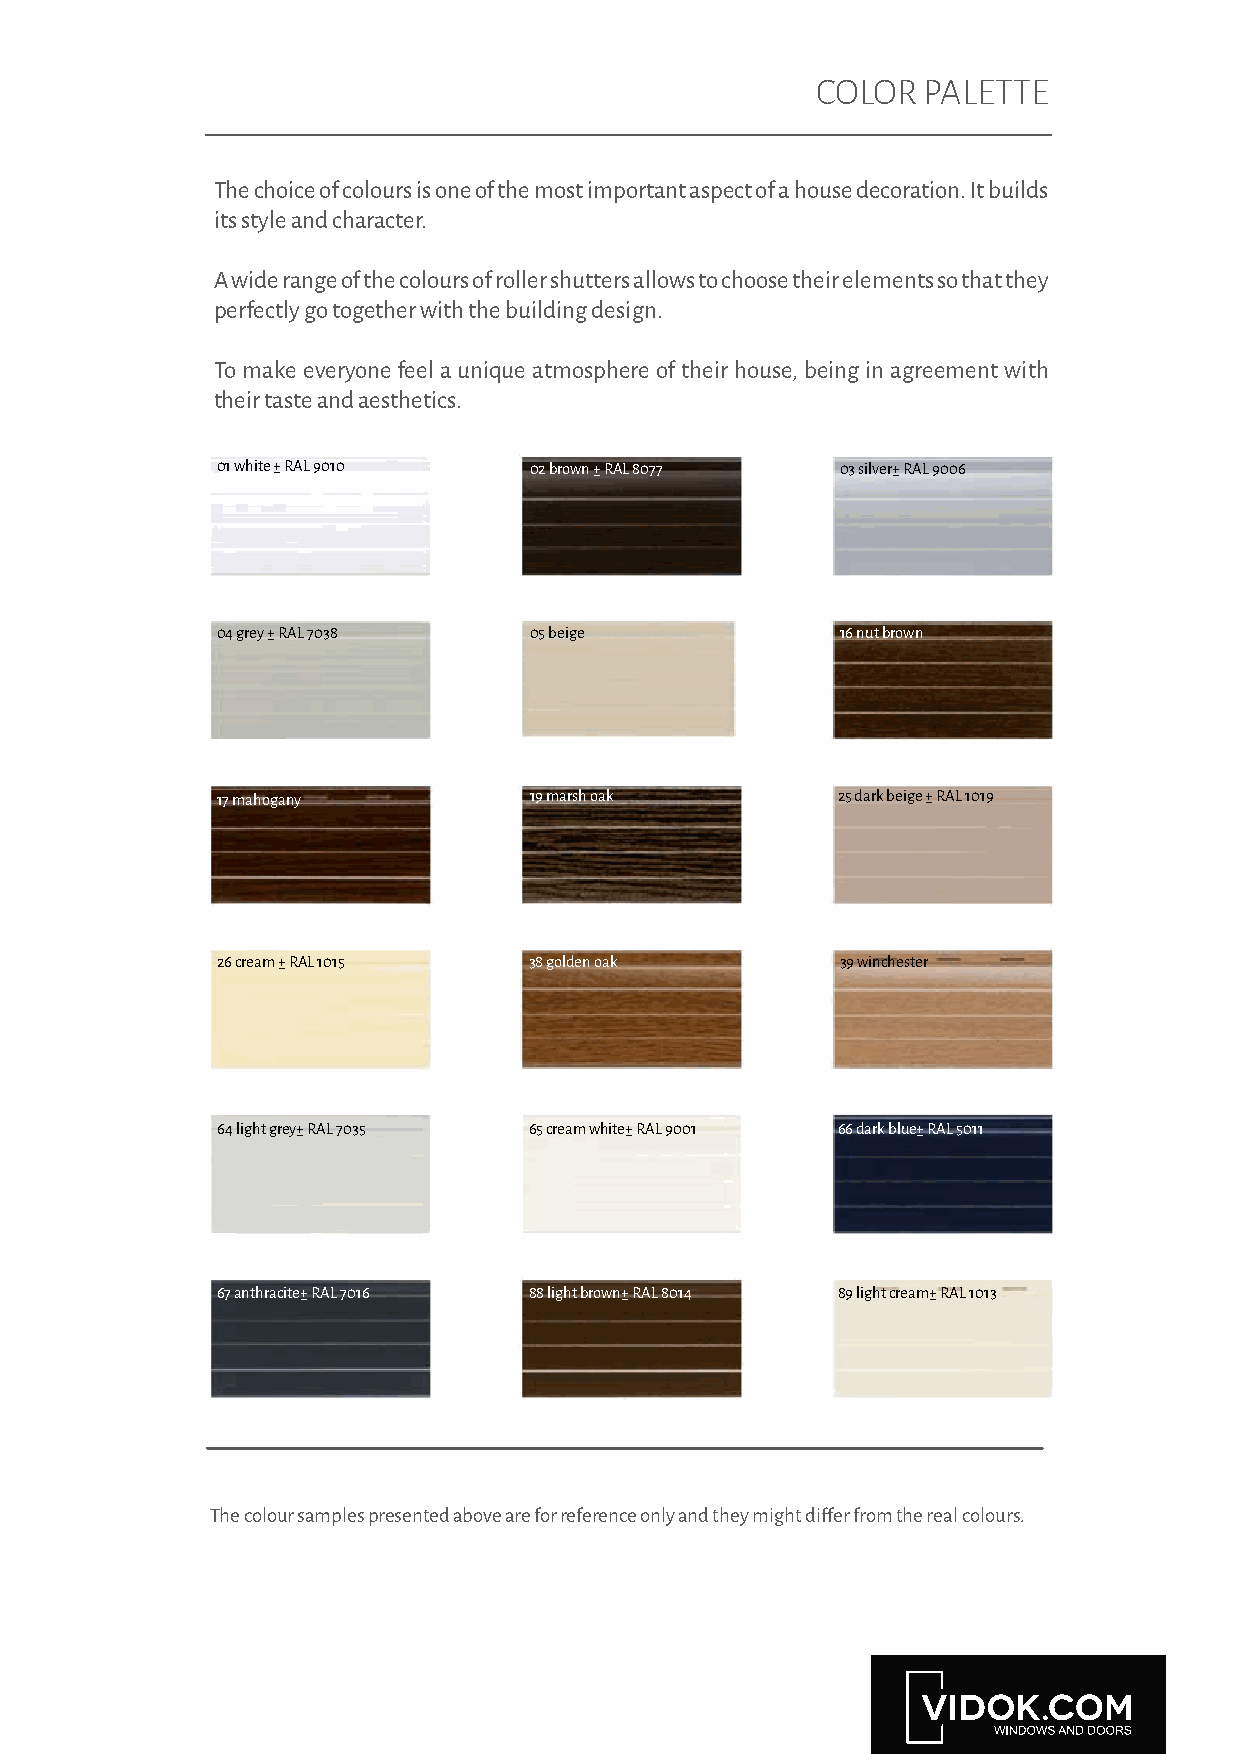
COLOR  PALETTE
 The choice of colours is one of the most important aspect of a house decoration. It builds
 its style and character.
 A wide range of the colours of roller shutters allows to choose their elements so that they
 perfectly go together with the building design.
 To make everyone feel a unique atmosphere of their house, being in agreement with
 their taste and aesthetics.
 01 white ± RAL 9010  02 brown ± RAL 8077  03 silver± RAL 9006
 04 grey ± RAL 7038   05 beige             16 nut brown
 17 mahogany          19 marsh oak        25 dark beige ± RAL 1019
 26 cream ± RAL 1015  38 golden oak        39 winchester
 64 light grey± RAL 7035 65 cream white± RAL 9001 66 dark blue± RAL 5011
 67 anthracite± RAL 7016 88 light brown± RAL 8014 89 light cream± RAL 1013
 The colour samples presented above are for reference only and they might differ from the real colours.